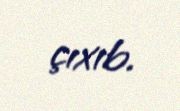
çıxıb.